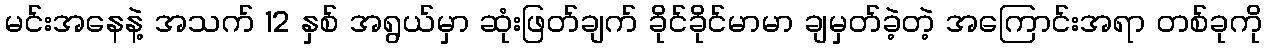
မင်းအနေနဲ့ အသက် 12 နှစ် အရွယ်မှာ ဆုံးဖြတ်ချက် ခိုင်ခိုင်မာမာ ချမှတ်ခဲ့တဲ့ အကြောင်းအရာ တစ်ခုကို